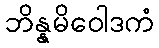
ဘိန္နမိဝေါဒကံ